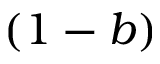
( 1 - b )